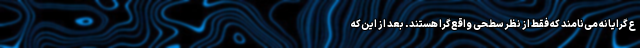
ع‌گرایانه می‌نامند که فقط از نظر سطحی واقع‌گرا هستند. بعد از این‌که